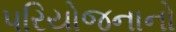
પરિયોજનાનો